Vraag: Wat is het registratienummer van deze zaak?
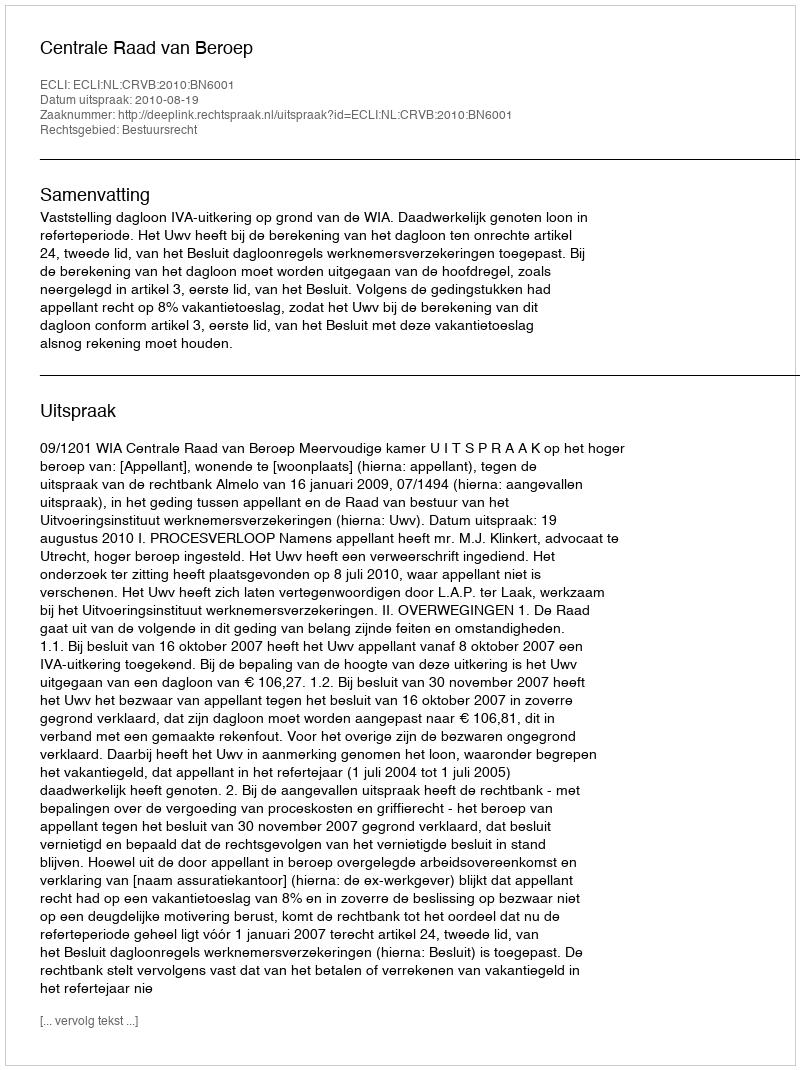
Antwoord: http://deeplink.rechtspraak.nl/uitspraak?id=ECLI:NL:CRVB:2010:BN6001